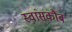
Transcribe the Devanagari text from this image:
स्वांसकौंब